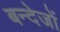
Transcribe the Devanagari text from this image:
बन्देजों